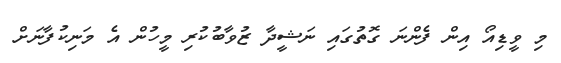
މި ވީޑިއޯ އިން ފެންނަ ގޮތުގައި ނަޝީދާ ޒުވާބުކުރި މީހުން އެ މަނިކުފާނަށް